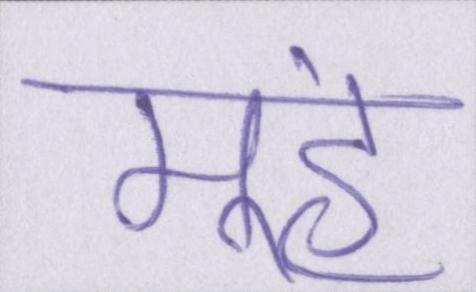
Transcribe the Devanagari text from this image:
मूंह